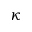
\kappa